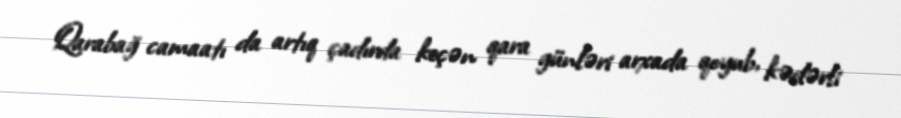
Qarabağ camaatı da artıq çadırda keçən qara günləri arxada qoyub, kədərli